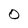
Character: O